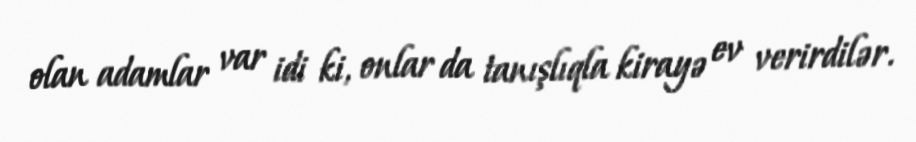
olan adamlar var idi ki, onlar da tanışlıqla kirayə ev verirdilər.